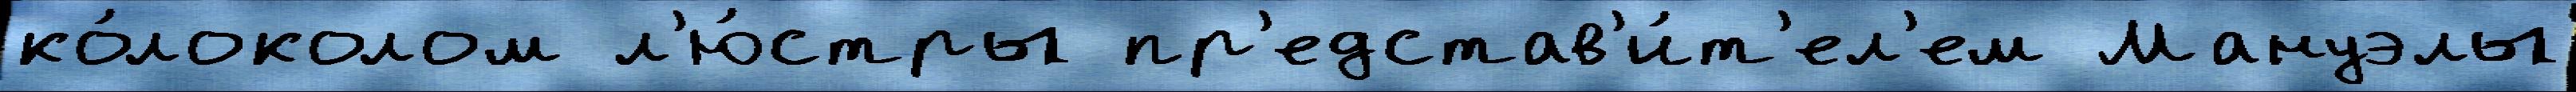
ко́локолом л'ю́стры пр'едстав'и́т'ел'ем Мануэлы